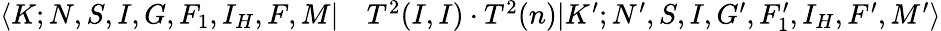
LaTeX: \begin{array}{rl}{\langle K;N,S,I,G,F_{1},I_{H},F,M|}&{{}T^{2}(I,I)\cdot T^{2}(n)|K^{\prime};N^{\prime},S,I,G^{\prime},F_{1}^{\prime},I_{H},F^{\prime},M^{\prime}\rangle}\end{array}